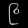
Digit: ၉